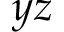
y z